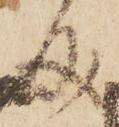
成